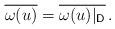
LaTeX: \begin{align*} \overline{\omega(u)}=\overline{\omega(u)|_\mathsf{D}}\,.\end{align*}